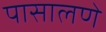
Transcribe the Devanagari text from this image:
पासालणे